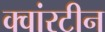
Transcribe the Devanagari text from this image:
क्वांरटीन